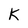
Character: K